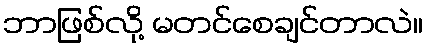
ဘာဖြစ်လို့ မတင်စေချင်တာလဲ။